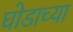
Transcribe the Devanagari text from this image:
घोडाच्या